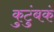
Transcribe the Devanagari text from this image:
कुटुंबकं